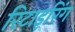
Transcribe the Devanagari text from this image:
रिटाइरिंग